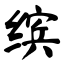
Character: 缤